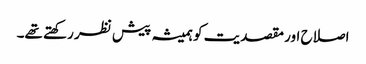
اصلاح اور مقصدیت کو ہمیشہ پیش نظر رکھتے تھے۔